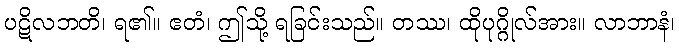
ပဋိလဘတိ၊ ရ၏။ ဧတံ၊ ဤသို့ ရခြင်းသည်။ တဿ၊ ထိုပုဂ္ဂိုလ်အား။ လာဘာနံ၊